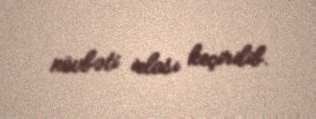
növbəti iclası keçirilib.